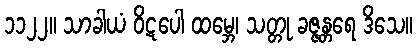
၁၁၂၂။ သာခါယံ ဝိဋပေါ ထမ္ဘေ၊ သတ္တု ခဇ္ဇန္တရေ ဒိသေ။